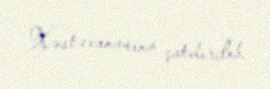
Xəstəxanasına çatdırılıb.